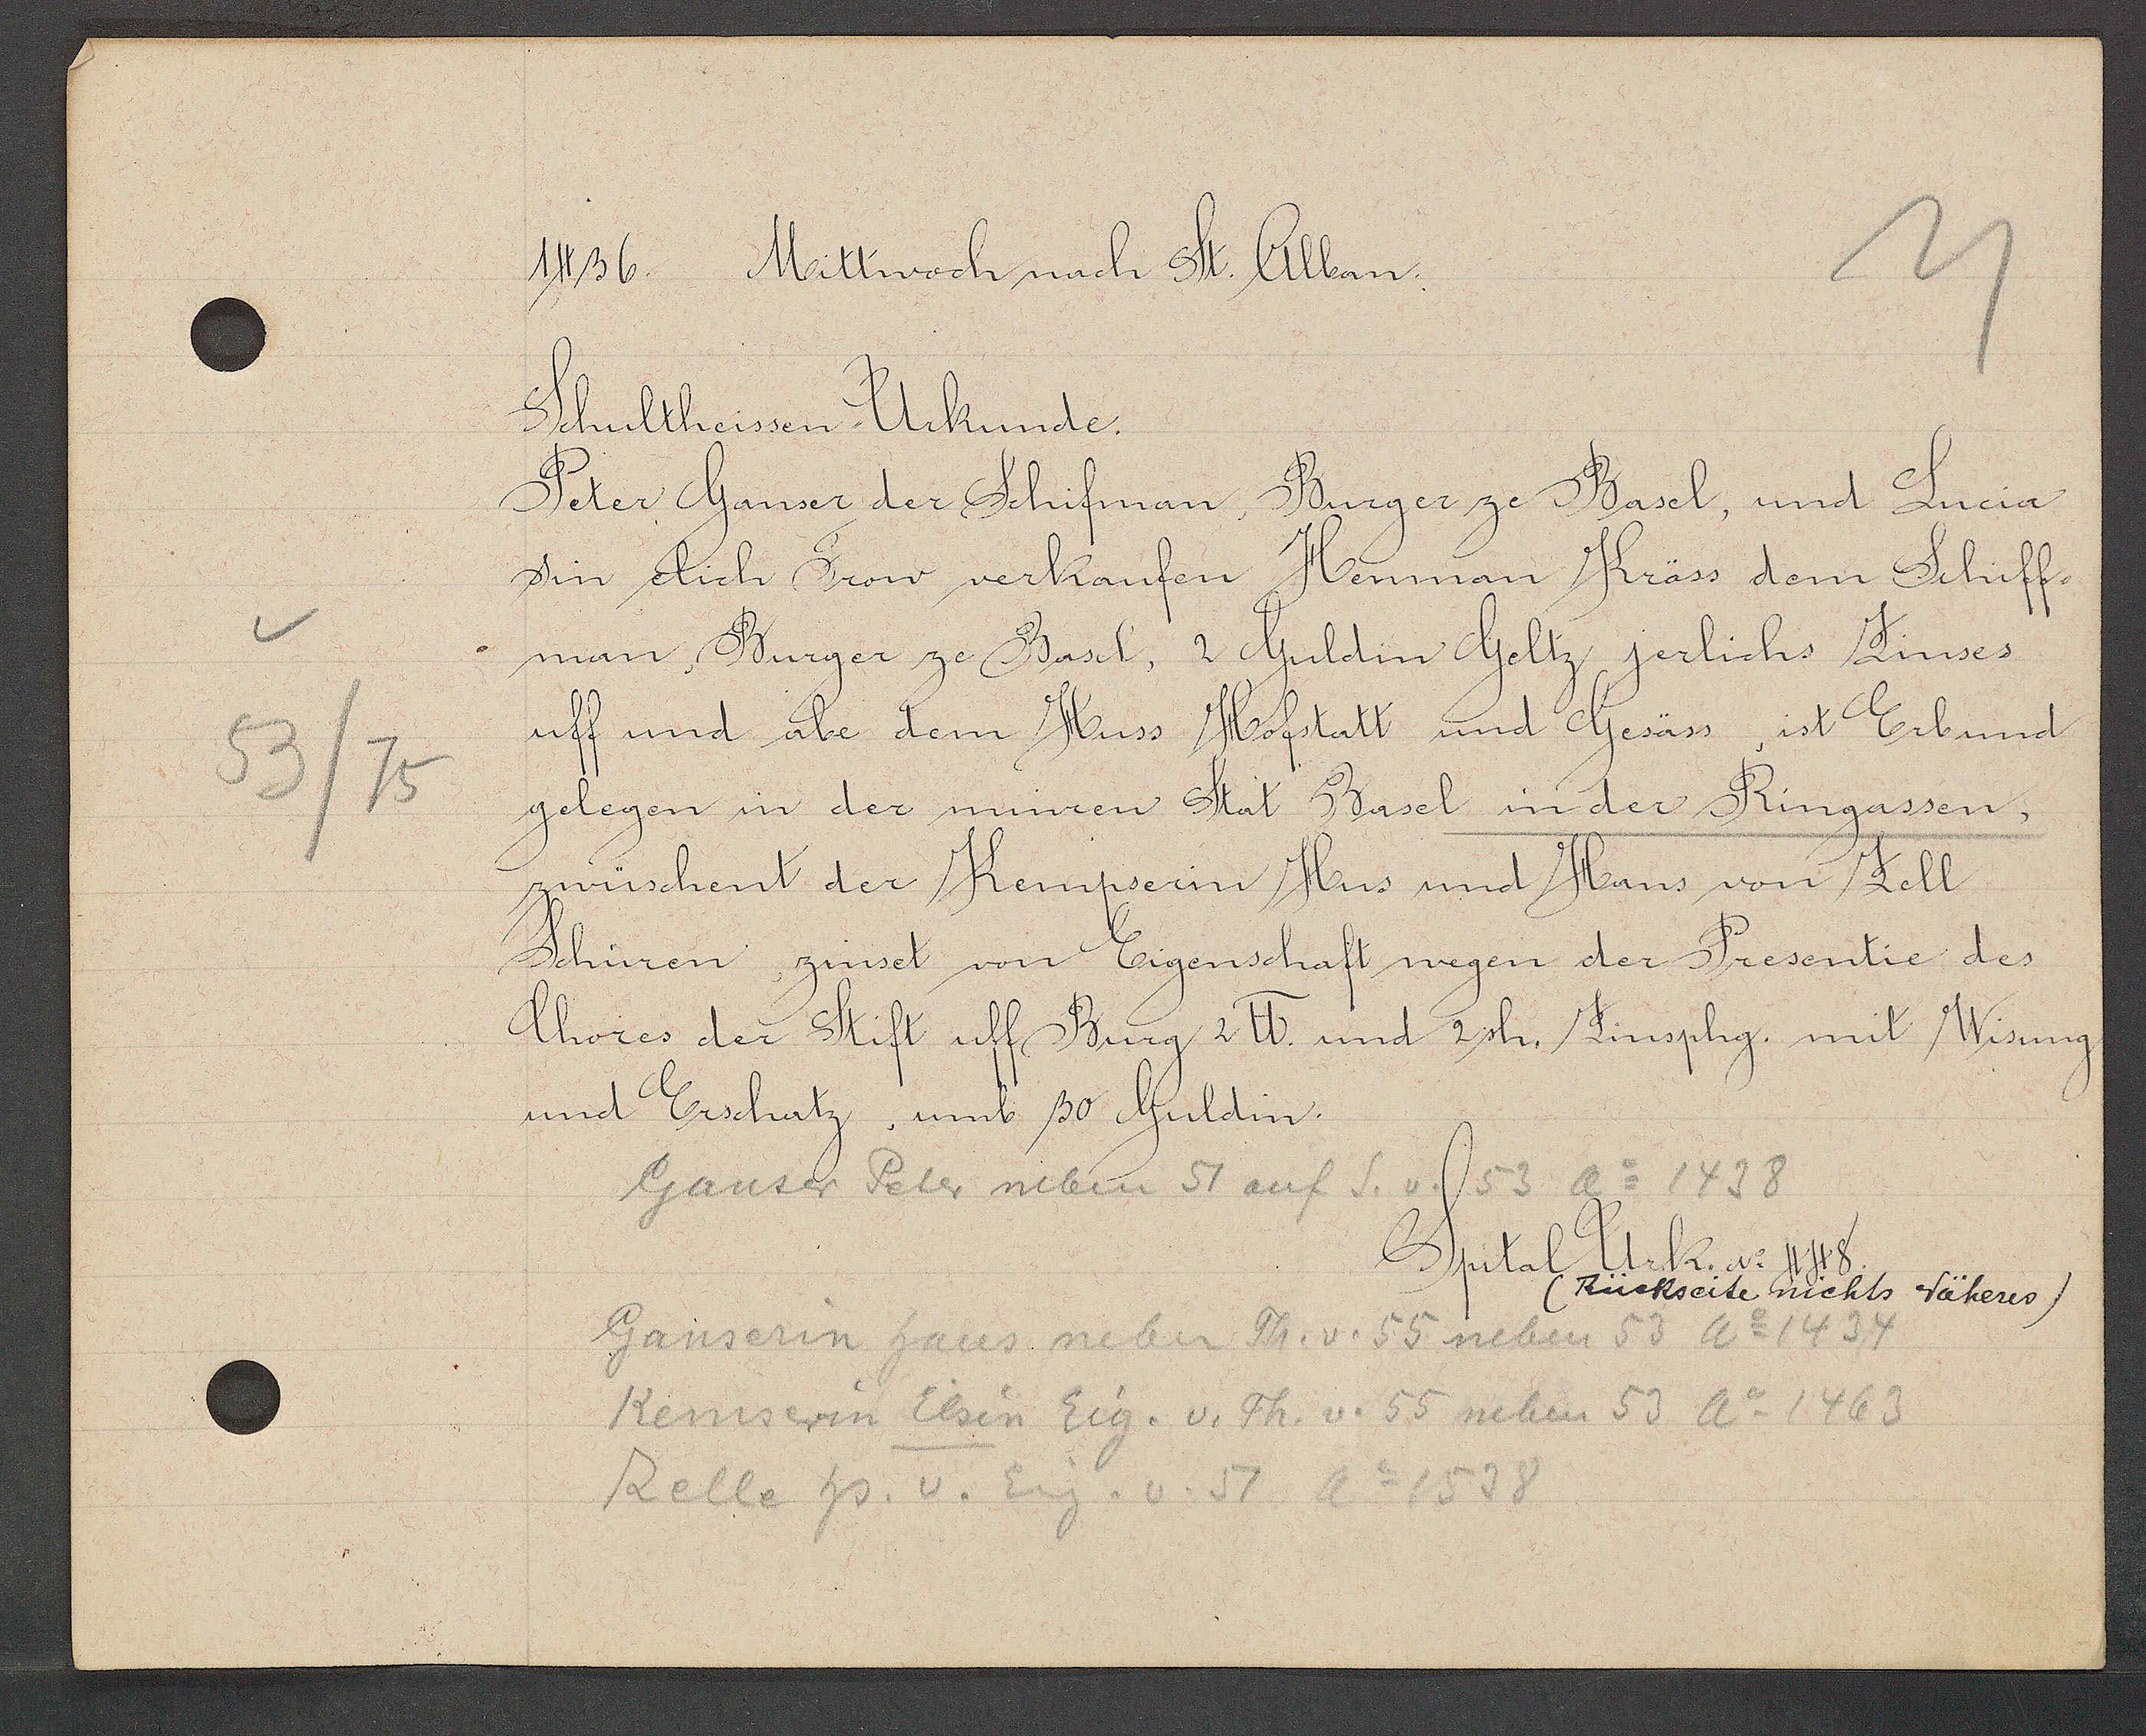
Transcript:
53/75

1436. Mittwoch nach St. Alban.

Shultheissen Urkunde.
Peter Ganser der Schifman Burger ze Basel, und Lucia
sin elich Frow verkaufen Heman Kräss dem Schiff
man Burger ze Basel, 2 Guldin Geltz, jerlichs Zinses
uff und abe dem Huss Hofstatt und Gesäss, ist Erbund
gelegen in der minren Stat Basel in der Ringassen,
zwüschent der Kempserin Hus und Hans von Zell
Schüren, zinset von Eigenschaft wegen der Presentie des
Chores der Stift uff Burg 2 ℔ und 2sh. Zinsphg mit Wisung
und Erschatz, umb 30 Guldin.

Ganser Peter neben 57 auf S. v. 53 ao 1438

Spital Urk. No 448
(Rückseite nichts Näheres)

Ganserin haus neben Th. v. 55 neben 53 Ao 1434
Kemserin Elsin Eig. v. Th. v. 55 neben 53 Ao 1463
Relle hs. v. Eig. v. 51 Ao 1538